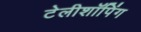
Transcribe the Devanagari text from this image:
टेलीशॉपिंग